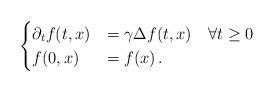
LaTeX: \begin{align*}\begin{cases} \partial_tf(t,x)&=\gamma\Delta f(t,x) \quad\forall t\geq 0 \\ f(0,x)&=f(x)\,.\end{cases}\end{align*}